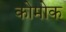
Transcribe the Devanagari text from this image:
कोमोक